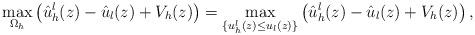
LaTeX: \begin{align*}\max_{\Omega_h}\left( \hat{u}_h^l(z)-\hat{u}_l(z)+V_h(z)\right)=\max_{\{{u}_h^l(z)\leq u_l(z)\}}\left( \hat{u}_h^l(z)-\hat{u}_l(z)+V_h(z)\right),\end{align*}